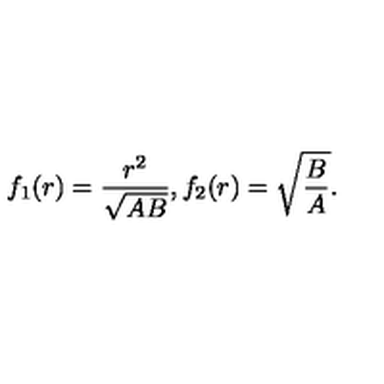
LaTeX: f _ { 1 } ( r ) = \frac { r ^ { 2 } } { \sqrt { A B } } , f _ { 2 } ( r ) = \sqrt { \frac { B } { A } } .